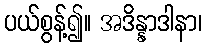
ပယ်စွန့်၍။ အဒိန္နာဒါနာ၊